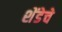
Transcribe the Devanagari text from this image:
शेंडेचे